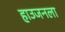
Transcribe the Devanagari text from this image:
हाउजनला